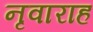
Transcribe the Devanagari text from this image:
नृवाराह